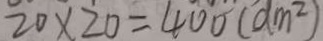
2 0 \times 2 0 = 4 0 0 ( d m ^ { 2 } )